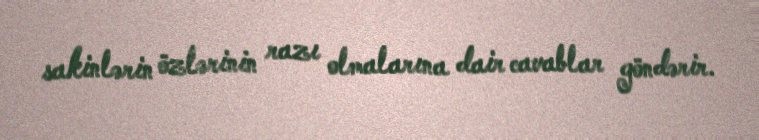
sakinlərin özlərinin razı olmalarına dair cavablar göndərir.